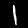
Label: 1